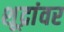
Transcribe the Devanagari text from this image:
शूद्रांवर